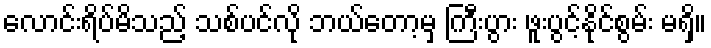
လောင်းရိပ်မိသည့် သစ်ပင်လို ဘယ်တော့မှ ကြီးပွား ဖူးပွင့်နိုင်စွမ်း မရှိ။